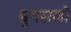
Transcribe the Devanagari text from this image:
म्रुगराजो